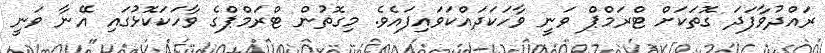
ރައްދުވާފަދަ ގޮތަކަށް ޓްރަމްޕް ވަނީ ވާހަކަދައްކަވައިފައެވެ. މިގޮތުން ޓްރަމްޕްގެ ވާހަކަކޮޅުގައި އޭނާ ވަނީ